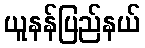
ယူနန်ပြည်နယ်